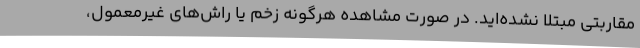
مقاربتی مبتلا نشده‌اید. در صورت مشاهده هرگونه زخم یا راش‌های غیرمعمول،